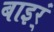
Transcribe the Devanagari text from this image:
बाइर्ं